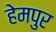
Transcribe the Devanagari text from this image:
हेमपुर